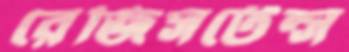
রেজিসটেন্স